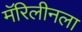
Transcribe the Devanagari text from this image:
मॅरिलीनला